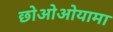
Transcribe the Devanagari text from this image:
छोओओयामा